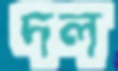
দল